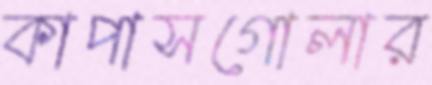
কাপাসগোলার